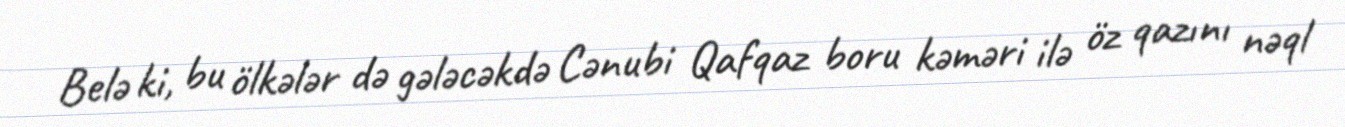
Belə ki, bu ölkələr də gələcəkdə Cənubi Qafqaz boru kəməri ilə öz qazını nəql